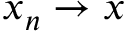
x _ { n } \rightarrow x